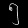
Digit: ၅